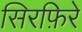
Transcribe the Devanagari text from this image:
सिरफ़िरे